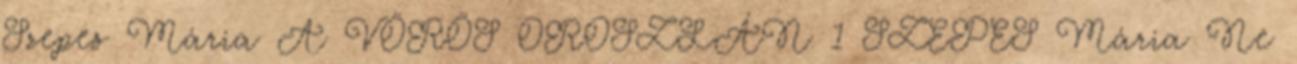
Szepes Mária A VÖRÖS OROSZLÁN 1 SZEPES Mária Ne